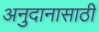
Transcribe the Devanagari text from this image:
अनुदानासाठी